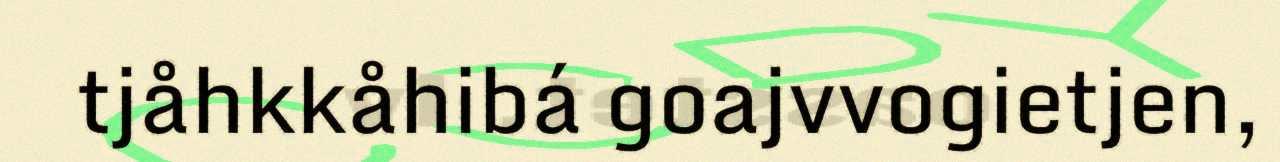
tjåhkkåhibá goajvvogietjen,